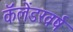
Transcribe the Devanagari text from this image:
कॅलेंडरवर्ष